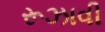
રૂઝાવી